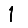
Digit: 1